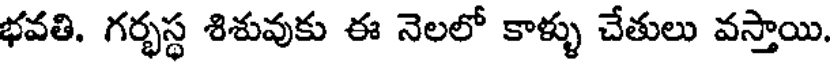
భవతి. గర్భస్థ శిశువుకు ఈ నెలలో కాళ్ళు చేతులు వస్తాయి.